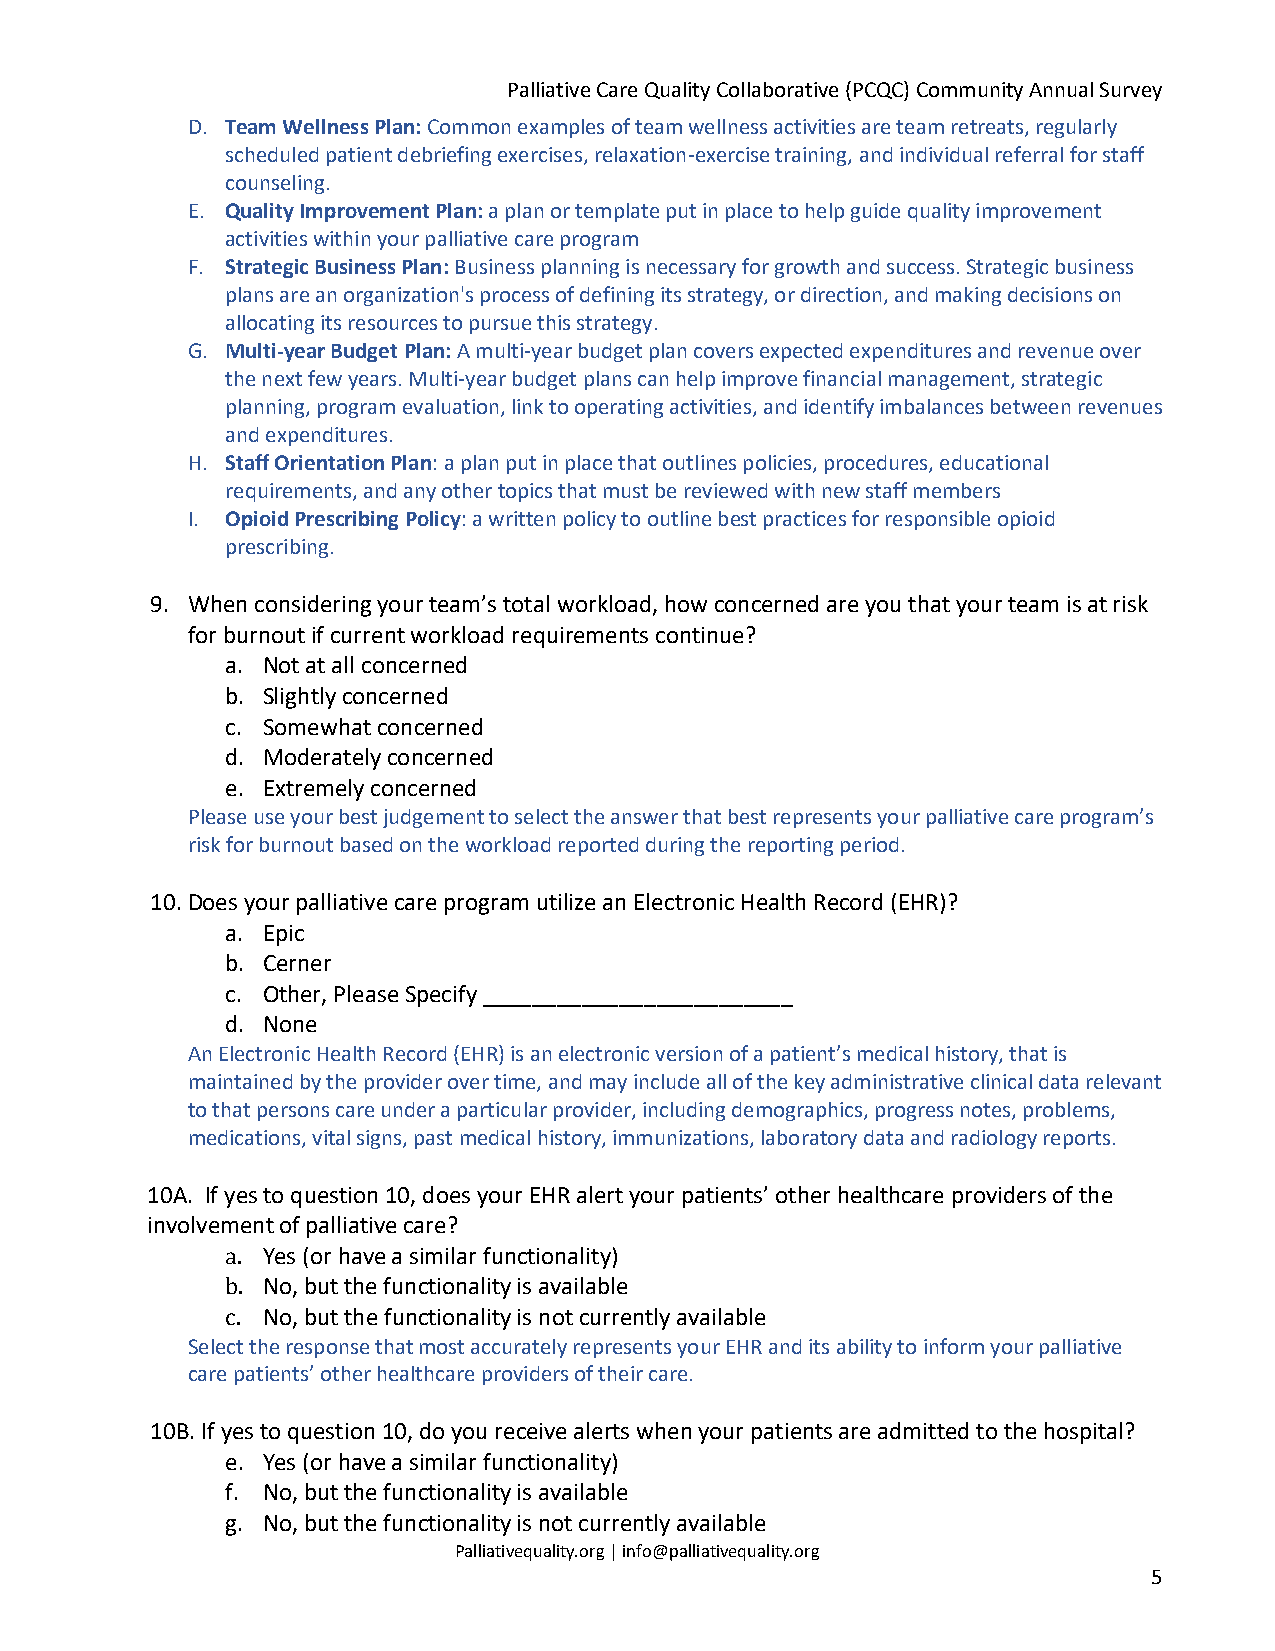
Palliative Care Quality Collaborative (PCQC) Community Annual Survey
 D. Team Wellness Plan: Common examples of team wellness activities are team retreats, regularly
 scheduled patient debriefing exercises, relaxation-exercise training, and individual referral for staff
 counseling.
 E. Quality Improvement Plan: a plan or template put in place to help guide quality improvement
 activities within your palliative care program
 F. Strategic Business Plan: Business planning is necessary for growth and success. Strategic business
 plans are an organization's process of defining its strategy, or direction, and making decisions on
 allocating its resources to pursue this strategy.
 G. Multi-year Budget Plan: A multi-year budget plan covers expected expenditures and revenue over
 the next few years. Multi-year budget plans can help improve financial management, strategic
 planning, program evaluation, link to operating activities, and identify imbalances between revenues
 and expenditures.
 H. Staff Orientation Plan: a plan put in place that outlines policies, procedures, educational
 requirements, and any other topics that must be reviewed with new staff members
 I. Opioid Prescribing Policy: a written policy to outline best practices for responsible opioid
 prescribing.
 9. When considering your team’s total workload, how concerned are you that your team is at risk
 for burnout if current workload requirements continue?
 a. Not at all concerned
 b. Slightly concerned
 c. Somewhat concerned
 d. Moderately concerned
 e. Extremely concerned
 Please use your best judgement to select the answer that best represents your palliative care program’s
 risk for burnout based on the workload reported during the reporting period.
 10.Does your palliative care program utilize an Electronic Health Record (EHR)?
 a. Epic
 b. Cerner
 c. Other, Please Specify _________________________
 d. None
 An Electronic Health Record (EHR) is an electronic version of a patient’s medical history, that is
 maintained by the provider over time, and may include all of the key administrative clinical data relevant
 to that persons care under a particular provider, including demographics, progress notes, problems,
 medications, vital signs, past medical history, immunizations, laboratory data and radiology reports.
 10A. If yes to question 10, does your EHR alert your patients’ other healthcare providers of the
 involvement of palliative care?
 a. Yes (or have a similar functionality)
 b. No, but the functionality is available
 c. No, but the functionality is not currently available
 Select the response that most accurately represents your EHR and its ability to inform your palliative
 care patients’ other healthcare providers of their care.
 10B. If yes to question 10, do you receive alerts when your patients are admitted to the hospital?
 e. Yes (or have a similar functionality)
 f. No, but the functionality is available
 g. No, but the functionality is not currently available
 Palliativequality.org | info@palliativequality.org
 5